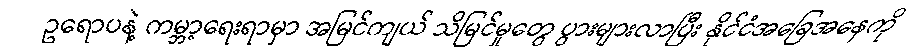
ဥရောပနဲ့ ကမ္ဘာ့ရေးရာမှာ အမြင်ကျယ် သိမြင်မှုတွေ ပွားများလာပြီး နိုင်ငံအခြေအနေကို